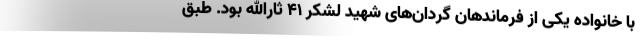
با خانواده یکی از فرماندهان گردان‌های شهید لشکر ۴۱ ثارالله بود. طبق